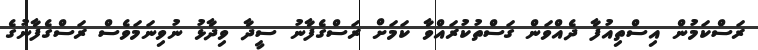
ރަސްކަމުން އިސްތިއުފާ ދެއްވަން ގަސްތުކުރައްވާ ކަމަށް ރަސްގެފާނު ސީދާ ވިދާޅު ނުވިނަމަވެސް ރަސްގެފާނުގެ